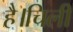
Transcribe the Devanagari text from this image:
है।चिली